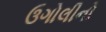
ઉગોલીનો